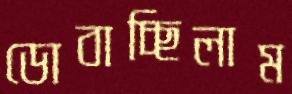
ডোবাচ্ছিলাম